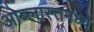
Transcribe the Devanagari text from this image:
ओब्लास्तमध्ये